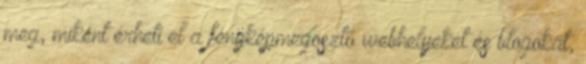
meg, miként érheti el a fényképmegosztó webhelyeket és blogokat,